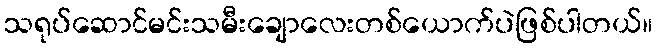
သရုပ်ဆောင်မင်းသမီးချောလေးတစ်ယောက်ပဲဖြစ်ပါတယ်။